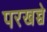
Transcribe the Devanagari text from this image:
परखच्चे